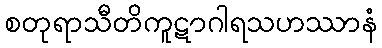
စတုရာသီတိကူဋာဂါရသဟဿာနံ